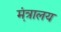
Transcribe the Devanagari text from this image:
म़ंत्रालय